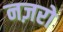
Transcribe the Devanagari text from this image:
नज़रो